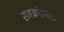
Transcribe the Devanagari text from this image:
सबक्रोनिक